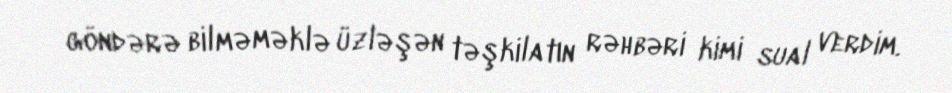
göndərə bilməməklə üzləşən təşkilatın rəhbəri kimi sual verdim.